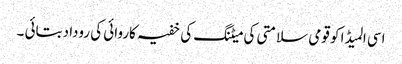
اسی المیڈا کو قومی سلامتی کی میٹنگ کی خفیہ کاروائی کی روداد بتائی ۔